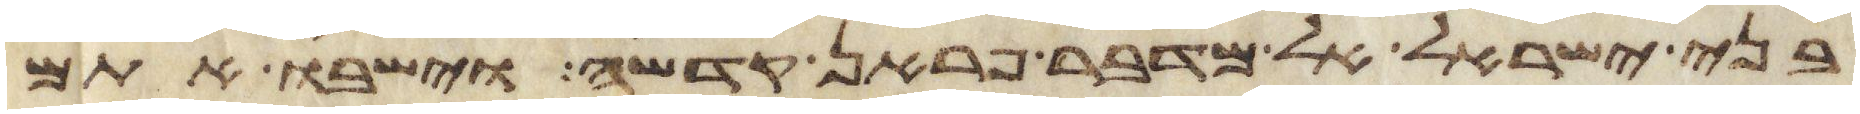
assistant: בני ישראל אל מדבר פראן קדשה וישיבו אתם